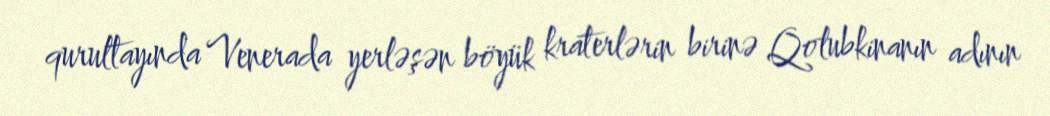
qurultayında Venerada yerləşən böyük kraterlərin birinə Qolubkinanın adının